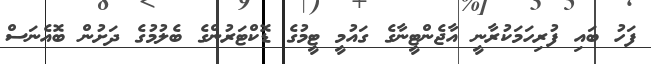
ފަހު ބައި ފުރިހަމަކުރާނީ އާޖެންޓީނާގެ ގައުމީ ޓީމުގެ ޑޮކްޓަރުންގެ ބެލުމުގެ ދަށުން ބޮއެނަސް